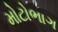
મોટોભાગ